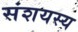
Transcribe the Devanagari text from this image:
संशयस्य